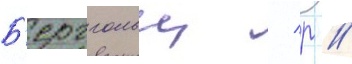
Б'ерггольц / р //